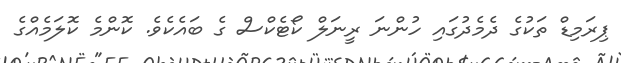
ޕިރަމިޑް ތަކުގެ ދެމެދުގައި ހުންނަ ރީނަލް ކޯޓެކްސް ގެ ބައެކެވެ. ކޮންމެ ކޮލަމެއްގެ